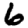
Digit: 6